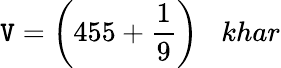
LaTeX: \mathtt{V}={\bigg(}455+{\frac{{1}}{{9}}}{\bigg)}\; \; \; khar